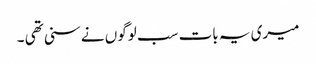
میری یہ بات سب لوگوں نے سنی تھی ۔